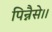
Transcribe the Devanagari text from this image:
पिन्नैसे।।